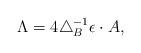
LaTeX: \begin{align*}\Lambda = 4\triangle_B^{-1} \epsilon\cdot A ,\end{align*}